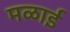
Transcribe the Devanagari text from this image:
मळाई